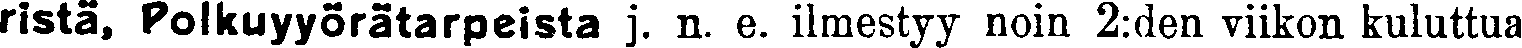
ristä, Polkuyyorätarpeista j. n. e. ilmestyy noin 2:den viikon kuluttua